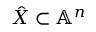
{ \hat { X } } \subset \mathbb { A } ^ { n }